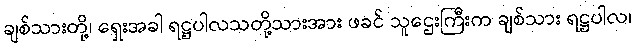
ချစ်သားတို့၊ ရှေးအခါ ရဋ္ဌပါလသတို့သားအား ဖခင် သူဌေးကြီးက ချစ်သား ရဋ္ဌပါလ၊